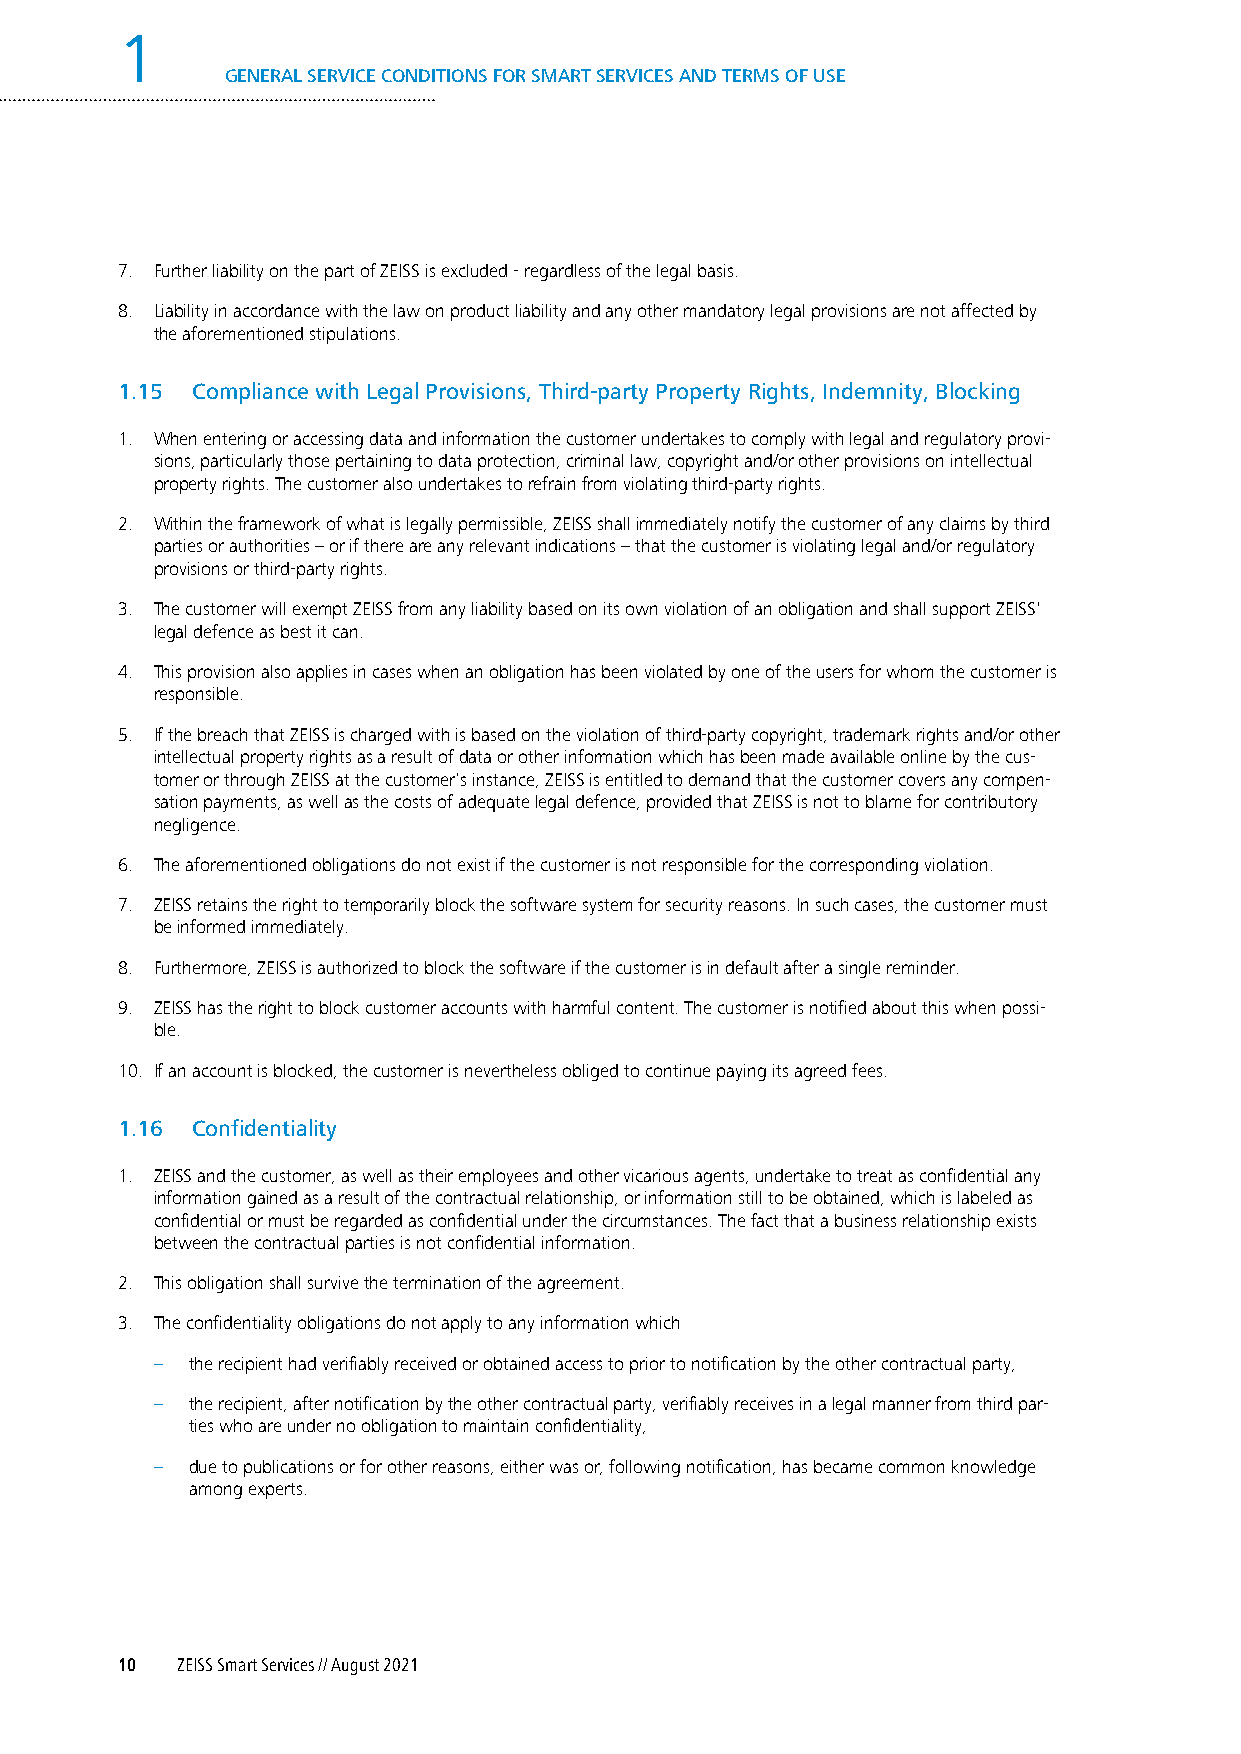
1
 GENERAL SERVICE CONDITIONS FOR SMART SERVICES AND TERMS OF USE
 7. Further liability on the part of ZEISS is excluded - regardless of the legal basis.
 8. Liability in accordance with the law on product liability and any other mandatory legal provisions are not affected by
 the aforementioned stipulations.
 1.15 Compliance with Legal Provisions, Third-party Property Rights, Indemnity, Blocking
 1. When entering or accessing data and information the customer undertakes to comply with legal and regulatory provi-
 sions, particularly those pertaining to data protection, criminal law, copyright and/or other provisions on intellectual
 property rights. The customer also undertakes to refrain from violating third-party rights.
 2. Within the framework of what is legally permissible, ZEISS shall immediately notify the customer of any claims by third
 parties or authorities – or if there are any relevant indications – that the customer is violating legal and/or regulatory
 provisions or third-party rights.
 3. The customer will exempt ZEISS from any liability based on its own violation of an obligation and shall support ZEISS'
 legal defence as best it can.
 4. This provision also applies in cases when an obligation has been violated by one of the users for whom the customer is
 responsible.
 5. If the breach that ZEISS is charged with is based on the violation of third-party copyright, trademark rights and/or other
 intellectual property rights as a result of data or other information which has been made available online by the cus-
 tomer or through ZEISS at the customer‘s instance, ZEISS is entitled to demand that the customer covers any compen-
 sation payments, as well as the costs of adequate legal defence, provided that ZEISS is not to blame for contributory
 negligence.
 6. The aforementioned obligations do not exist if the customer is not responsible for the corresponding violation.
 7. ZEISS retains the right to temporarily block the software system for security reasons. In such cases, the customer must
 be informed immediately.
 8. Furthermore, ZEISS is authorized to block the software if the customer is in default after a single reminder.
 9. ZEISS has the right to block customer accounts with harmful content. The customer is notified about this when possi-
 ble.
 10. If an account is blocked, the customer is nevertheless obliged to continue paying its agreed fees.
 1.16 Confidentiality
 1. ZEISS and the customer, as well as their employees and other vicarious agents, undertake to treat as confidential any
 information gained as a result of the contractual relationship, or information still to be obtained, which is labeled as
 confidential or must be regarded as confidential under the circumstances. The fact that a business relationship exists
 between the contractual parties is not confidential information.
 2. This obligation shall survive the termination of the agreement.
 3. The confidentiality obligations do not apply to any information which
 –  the recipient had verifiably received or obtained access to prior to notification by the other contractual party,
 –  the recipient, after notification by the other contractual party, verifiably receives in a legal manner from third par-
 ties who are under no obligation to maintain confidentiality,
 –  due to publications or for other reasons, either was or, following notification, has became common knowledge
 among experts.
 10  ZEISS Smart Services // August 2021